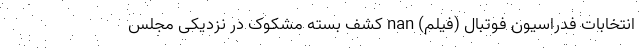
انتخابات فدراسیون فوتبال (فیلم) nan کشف بسته مشکوک در نزدیکی مجلس